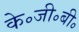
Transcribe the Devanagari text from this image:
के॰जी॰बी॰